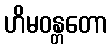
ဟိမဝန္တတော